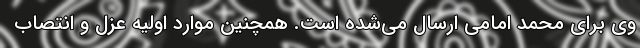
وی برای محمد امامی ارسال می‌شده است. همچنین موارد اولیه عزل و انتصاب